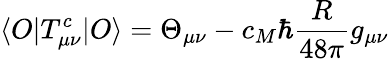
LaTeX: \langle O\vert T_{\mu\nu}^{c}\vert O\rangle=\Theta_{\mu\nu}-c_{M}\hbar{\frac{R}{48\pi}}g_{\mu\nu}